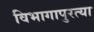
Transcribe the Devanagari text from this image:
विभागापुरत्या